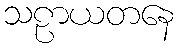
သဠာယတနေ